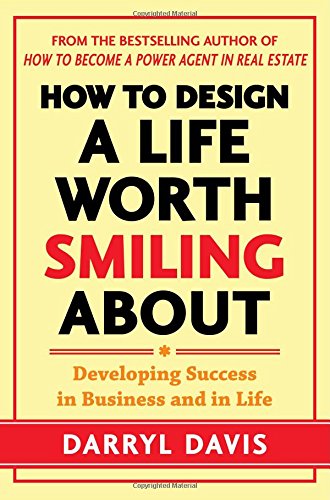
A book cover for How to Design a Life Worth Smiling About: Developing Success in Business and in Life; Darryl Davis; Business & Money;